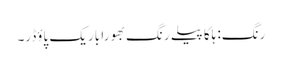
رنگ: ہلکا پیلے رنگ بھورا باریک پاؤڈر۔